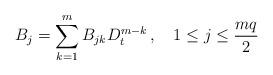
LaTeX: \begin{align*}B_j=\sum_{k=1}^m B_{jk} D_t ^{m-k}\,,\quad 1\leq j\leq \frac{m q}{2}\end{align*}